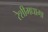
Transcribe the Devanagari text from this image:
रेशीमधागा